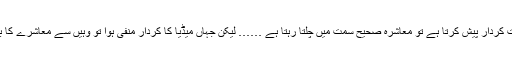
اگر تو میڈیا اپنا مثبت کردار پیش کرتا ہے تو معاشرہ صحیح سمت میں چلتا رہتا ہے …… لیکن جہاں میڈیا کا کردار منفی ہوا تو وہیں سے معاشرے کا بگاڑ پیدا ہو جاتا ہے۔